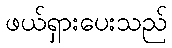
ဖယ်ရှားပေးသည်